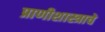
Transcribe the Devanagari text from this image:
प्राणीशास्त्राचे